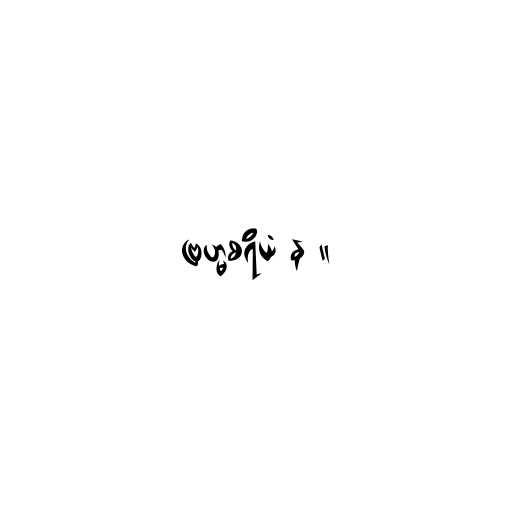
ဗြဟ္မစရိယံ န ။